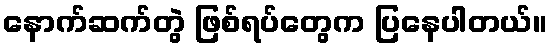
နောက်ဆက်တွဲ ဖြစ်ရပ်တွေက ပြနေပါတယ်။